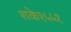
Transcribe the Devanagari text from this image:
शके१५५१